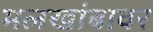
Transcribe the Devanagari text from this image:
मलखांबावर